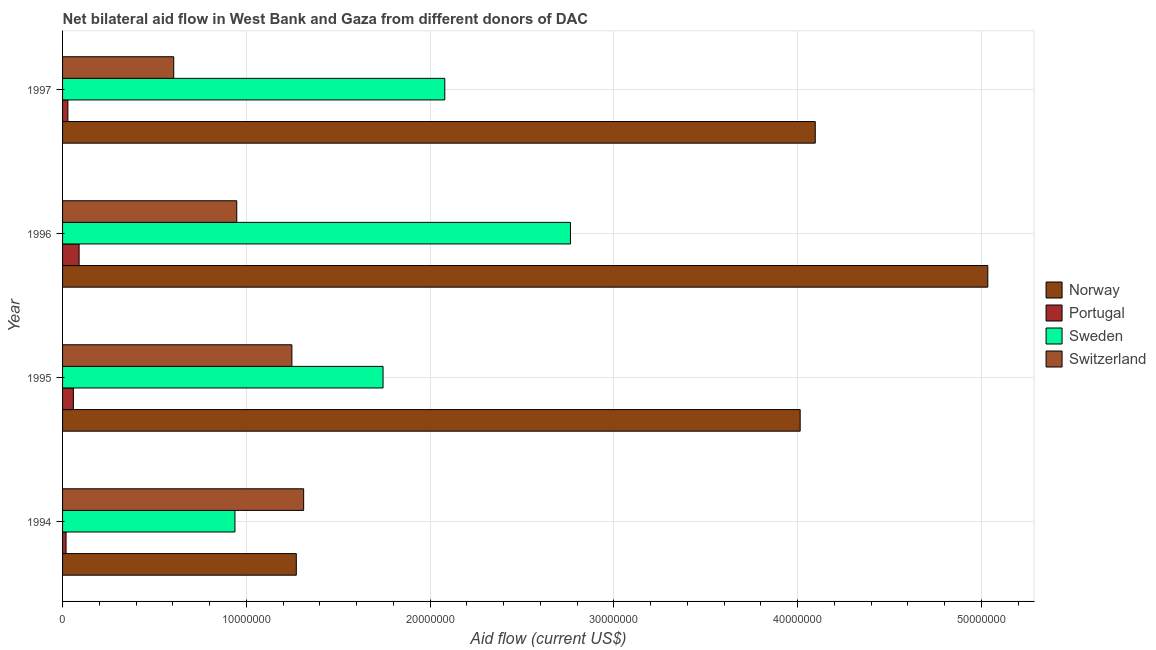
| Year | Norway | Portugal | Sweden | Switzerland |
 | --- | --- | --- | --- | --- |
 | 1994 | 1.27e+07 | 1.9e+05 | 9.38e+06 | 1.31e+07 |
 | 1995 | 4.01e+07 | 5.9e+05 | 1.74e+07 | 1.25e+07 |
 | 1996 | 5.04e+07 | 9e+05 | 2.76e+07 | 9.48e+06 |
 | 1997 | 4.1e+07 | 2.9e+05 | 2.08e+07 | 6.05e+06 |